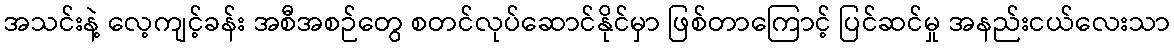
အသင်းနဲ့ လေ့ကျင့်ခန်း အစီအစဉ်တွေ စတင်လုပ်ဆောင်နိုင်မှာ ဖြစ်တာကြောင့် ပြင်ဆင်မှု အနည်းငယ်လေးသာ